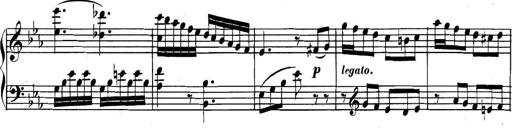
Title: Collected Piano Sonatas
Composer: Muzio Clementi